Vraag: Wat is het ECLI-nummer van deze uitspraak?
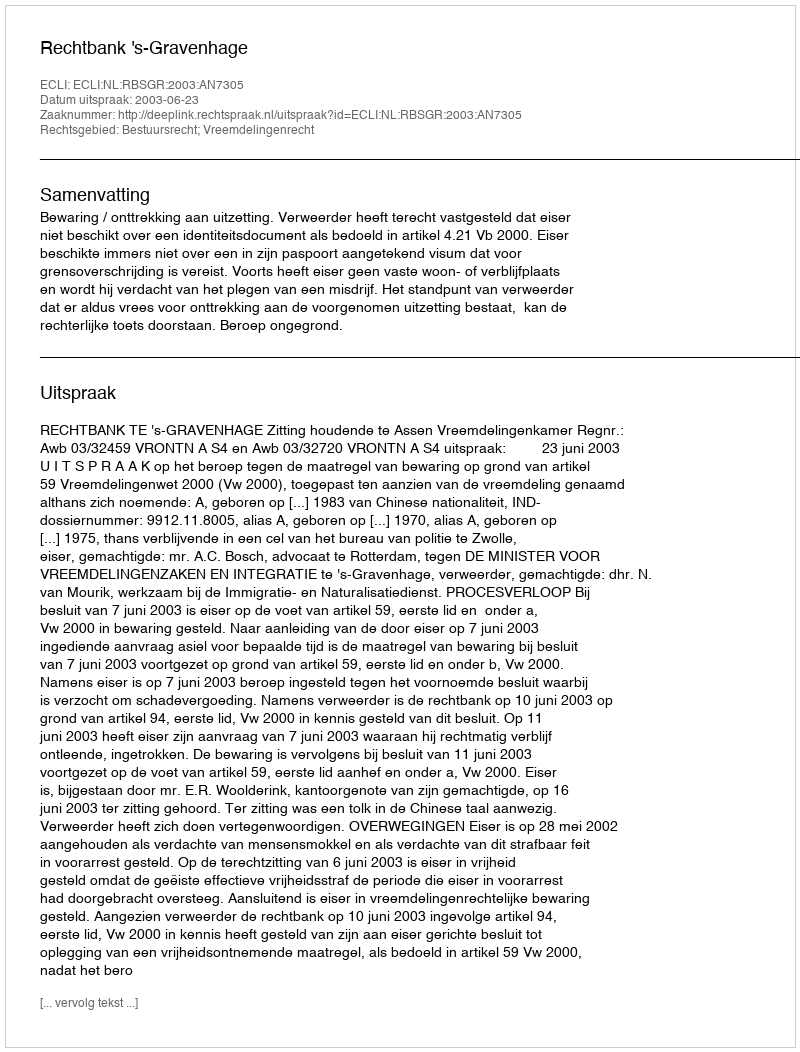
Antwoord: ECLI:NL:RBSGR:2003:AN7305